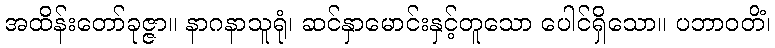
အထိန်းတော်ခုဇ္ဇာ။ နာဂနာသူရုံ၊ ဆင်နှာမောင်းနှင့်တူသော ပေါင်ရှိသော။ ပဘာဝတိံ၊